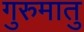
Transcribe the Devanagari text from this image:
गुरुमातु